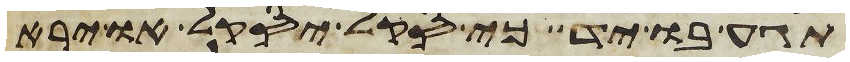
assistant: תגע בו יד כי סקל יסקל או ירא